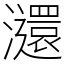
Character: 㶎